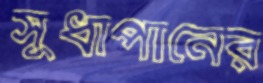
সুধাপানের